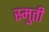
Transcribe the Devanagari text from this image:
स्मुती